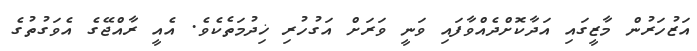
އަޒުހަރުން މާޒީގައި އަދާކޮށްދެއްވާފައި ވަނީ ވަރަށް އަގުހުރި ޚިދުމަތެކެވެ. އެއީ ރާއްޖޭގެ އެވަގުތުގެ